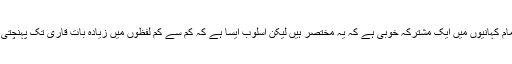
ان تمام کہانیوں میں ایک مشترکہ خوبی ہے کہ یہ مختصر ہیں لیکن اسلوب ایسا ہے کہ کم سے کم لفظوں میں زیادہ بات قاری تک پہنچتی ہے۔